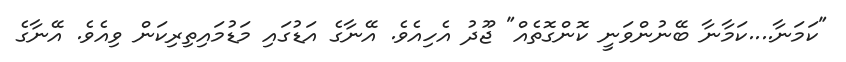
"ކަމަނާ....ކަމާނާ ބޭނުންވަނީ ކޮންގޮތެއް" ޖޫދު އެހިއެވެ. އޭނާގެ އަޑުގައި މަޑުމައިތިރިކަން ވިއެވެ. އޭނާގެ